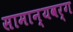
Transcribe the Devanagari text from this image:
सामान्यवर्ग